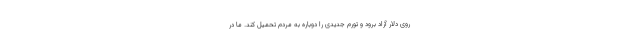
روی دلار آزاد برود و تورم جدیدی را دوباره به مردم تحمیل کند. ما در